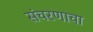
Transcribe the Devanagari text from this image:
संचरणाचा